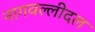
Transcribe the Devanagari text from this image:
नागवल्लीदल